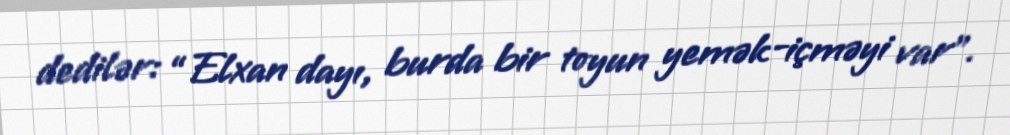
dedilər: “Elxan dayı, burda bir toyun yemək-içməyi var”.